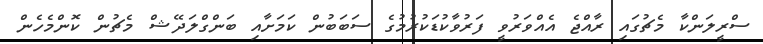
ސްރީލަންކާ މެޗުގައި ރާއްޖެ އެއްވަރުވީ ފަަރުވާކުޑަކުރުމުގެ ސަބަބުން ކަމަށާއި ބަންގްލަދޭޝް މެޗުން ކޮންމެހެން